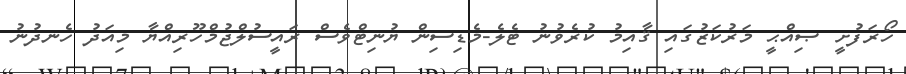
ހޯރަފުށީ ޞިއްޙީ މަރުކަޒުގައި ޤާއިމު ކުރެވުނު ޓެލެ-މެޑިސިން ޔުނިޓްވެސް ރައީސުލްޖުމްހޫރިއްޔާ މިއަދު ހެނދުނު